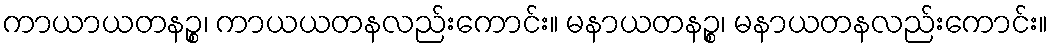
ကာယာယတနဉ္စ၊ ကာယယတနလည်းကောင်း။ မနာယတနဉ္စ၊ မနာယတနလည်းကောင်း။